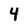
Character: 4